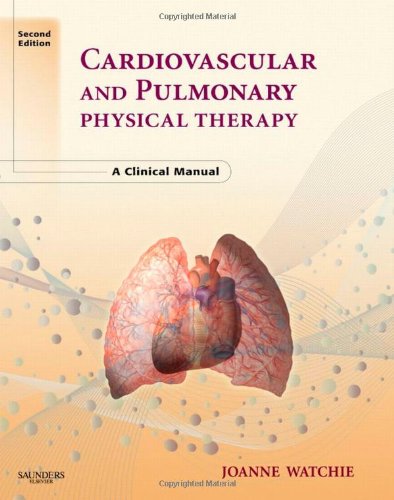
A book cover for Cardiovascular and Pulmonary Physical Therapy: A Clinical Manual, 2e; Joanne Watchie MA  PT  CCS; Medical Books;